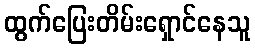
ထွက်ပြေးတိမ်းရှောင်နေသူ